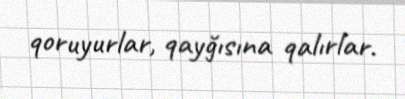
qoruyurlar, qayğısına qalırlar.